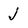
Character: j